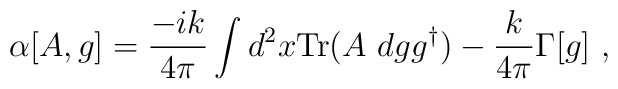
\alpha[A,g]=\frac{-ik}{4\pi} \int d^2x {\rm Tr}(A~dgg^{\dagger})-\frac{k}{4\pi}\Gamma[g]\ ,